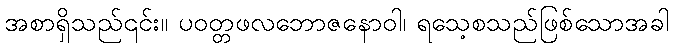
အစာရှိသည်၎င်း။ ပဝတ္တဖလဘောဇနောဝါ၊ ရသေ့စသည်ဖြစ်သောအခါ